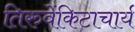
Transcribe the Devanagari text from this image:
तिरुवेंकिटाचार्य